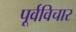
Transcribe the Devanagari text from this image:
पूर्वविचार